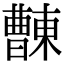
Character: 𣍖